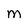
Character: M